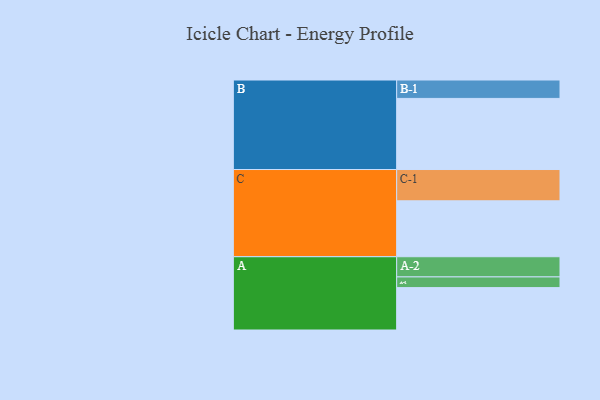
{"axis": {"x": "Segment", "y": "Value"}, "legend": ["", "A", "B", "C"], "data": [{"x": "A", "y": 313, "type": ""}, {"x": "B", "y": 525, "type": ""}, {"x": "C", "y": 413, "type": ""}, {"x": "A-1", "y": 79, "type": "A"}, {"x": "A-2", "y": 149, "type": "A"}, {"x": "B-1", "y": 136, "type": "B"}, {"x": "C-1", "y": 231, "type": "C"}]}